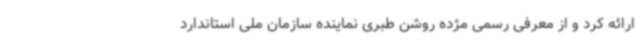
ارائه کرد و از معرفی رسمی مژده روشن طبری نماینده سازمان ملی استاندارد